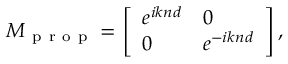
M _ { \mathrm { ~ p ~ r ~ o ~ p ~ } } = \left[ \begin{array} { l l } { e ^ { i k n d } } & { 0 } \\ { 0 } & { e ^ { - i k n d } } \end{array} \right] ,